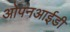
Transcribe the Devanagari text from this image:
ओपनआईडी